Medical and sanitary report of the native army of Bengal for the year
Year: 1876
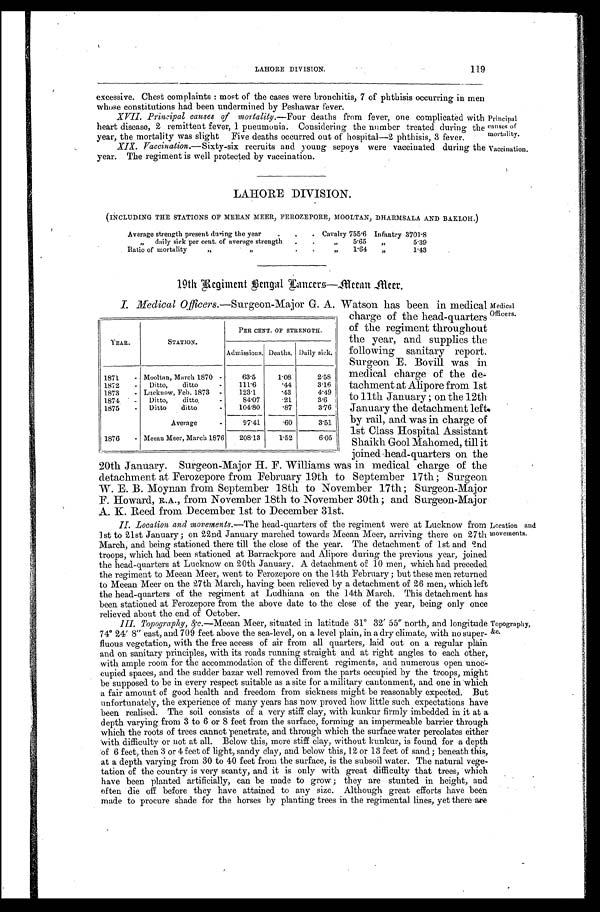
LAHORE DIVISION.
119
excessive. Chest complaints: most of the cases were bronchitis, 7 of phthisis occurring in men
whose constitutions had been undermined by Peshawar fever.
XVII. Principal causes of mortality. —Four deaths from fever, one complicated with
heart disease, 2 remittent fever, 1 pneumonia. Considering the number treated during the
year, the mortality was slight Five deaths occurred out of hospital—2 phthisis, 3 fever.
Principal causes of mortality.
XIX. Vaccination.—Sixty-six recruits and young sepoys were vaccinated during the
year. The regiment is well protected by vaccination.
Vaccination.
LAHORE DIVISION.
(INCLUDING THE STATIONS OF MEEAN MEER, FEROZEPORE, MOOLTAN, DHARMSALA AND BAKLOH.)
Average strength present during the year
Cavalry 755.6 Infantry 3701.8
" daily sick per cent. of average strength
„ 5.65 „
5. 39
Ratio of mortality " "
„ 1.64 „
1. 43
19th Regiment Bengal Lancers—Meean Meer.
I. Medical Officers.—Surgeon-Major G. A. Watson has been in medical
charge of the head-quarters
of the regiment throughout
the year, and supplies the
following sanitary report.
Surgeon E. Bovill was in
medical charge of the de-
tachment at Alipore from 1st
to 11th January; on the 12th
January the detachment left
by rail, and was in charge of
1st Class Hospital Assistant
Shaikh Gool Mahomed, till it
joined-head-quarters on the
20th January. Surgeon-Major H. F. Williams was in medical charge of the
detachment at Ferozepore from February 19th to September 17th; Surgeon
W. E. B. Moynan from. September 18th to November 17th; Surgeon-Major
F. Howard, R.A., from November 18th to November 30th; and Surgeon-Major
A. K. Reed from December 1st to December 31st.
II. Location and movements.—The head-quarters of the regiment were at Lucknow from
1st to 21st January; on 22nd January marched towards Meean Meer, arriving there on 27th
March; and being stationed there till the close of the year. The detachment of 1st and 2nd
troops, which had been stationed at Barrackpore and Alipore during the previous year, joined
the head-quarters at Lucknow on 20th January. A detachment of 10 men, which had preceded
the regiment to Meean Meer, went to Ferozepore on the 14th February; but these men returned
to Meean Meer on the 27th March, having been relieved by a detachment of 26 men, which left
the head-quarters of the regiment at Ludhiana on the 14th March. This detachment has
been stationed at Ferozepore from the above date to the close of the year, being only once
relieved about the end of October.
III.
Topography, &c. —Meean Meer, situated in latitude 31° 32' 55" north, and longitude
74° 24' 8" east, and 709 feet above the sea-level, on a level plain, in a dry climate, with no super
-fluous vegetation, with the free access of air from all quarters, laid out on a regular plain
and on sanitary principles, with its roads running straight and at right angles to each other,
with ample room for the accommodation of the different regiments, and numerous open unoc
-cupied spaces, and the sudder bazar well removed from the parts occupied by the troops, might
be supposed to be in every respect suitable as a site for a military cantonment, and one in which
a fair amount of good health and freedom from sickness might be reasonably expected. But
unfortunately, the experience of many years has now proved how little such expectations have
been realised. The soil consists of a very stiff clay, with kunkur firmly imbedded in it at a
depth varying from 3 to 6 or 8 feet from the surface, forming an impermeable barrier through
which the roots of trees cannot penetrate, and through which .the surface water percolates either
with difficulty or not at all. Below this, more stiff clay, without kunkur, is found for a depth
of 6 feet, then 3 or 4 feet of light, sandy clay, and below this, 12 or 13 feet of sand; beneath this,
at a depth varying from 30 to 40 feet from the surface, is the subsoil water. The natural vege
-tation of the country is very scanty, and it is only with great difficulty that trees, which
have been planted artificially, can be made to grow; they are stunted in height, and
often die off before they have attained to any size. Although great efforts have been
made to procure shade for the horses by planting -trees in the regimental lines, yet there are
YEAR.
STATION.
PER CENT. OF STRENGTH.
Admissions. Deaths. Daily sick.
1871
Mooltan, March 1870
63.5
1.08
2.58
1872
Ditto, ditto
111.6
.44
3.16
1873
Lucknow, Feb. 1873
123.1
.43
4.49
1874
Ditto, ditto
84.07 .21
3.6
1875
Ditto ditto
104.80 .87
3.76
Average
97.41 .60
3.51
1876
Meean Meer, March 1876 208.13 1.52
6.05
Medical
Dicers.
vocation and
novements.
Topography,
&c.